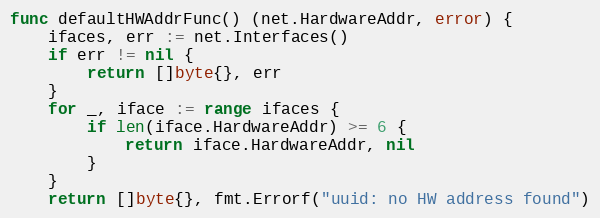
Language: Go
func defaultHWAddrFunc() (net.HardwareAddr, error) {
	ifaces, err := net.Interfaces()
	if err != nil {
		return []byte{}, err
	}
	for _, iface := range ifaces {
		if len(iface.HardwareAddr) >= 6 {
			return iface.HardwareAddr, nil
		}
	}
	return []byte{}, fmt.Errorf("uuid: no HW address found")